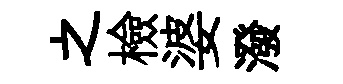
之檢婆潑